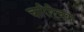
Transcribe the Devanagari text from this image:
चारिरिचक